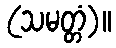
(သမတ္တံ)။